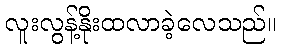
လူးလွန့်နိုးထလာခဲ့လေသည်။